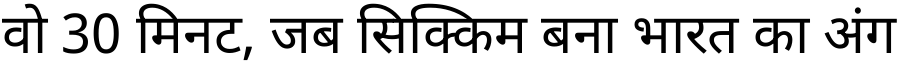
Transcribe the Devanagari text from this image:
वो 30 मिनट, जब सिक्किम बना भारत का अंग